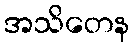
အသိတေန